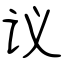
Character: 议